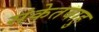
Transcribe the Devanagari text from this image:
संकेतबाहु